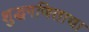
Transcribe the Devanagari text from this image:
शुद्धगणिताचा